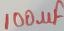
Text: 100µF